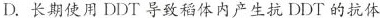
D. 长期使用 DDT 导致稻体内产生抗 DDT 的抗体